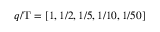
q / \mathrm { T } = [ 1 , 1 / 2 , 1 / 5 , 1 / 1 0 , 1 / 5 0 ]